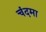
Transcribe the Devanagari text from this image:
चंदमा